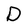
Character: D